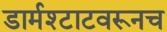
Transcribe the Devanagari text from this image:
डार्मश्टाटवरूनच